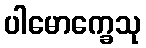
ပါမောက္ခေသု